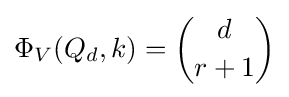
\Phi _{V}(Q_{d},k)={d \choose r+1}